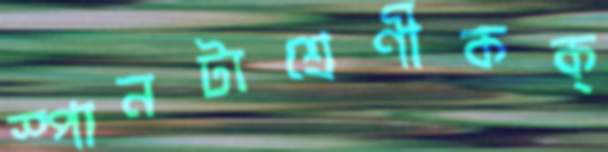
স্পানটাশ্রেণীকক্